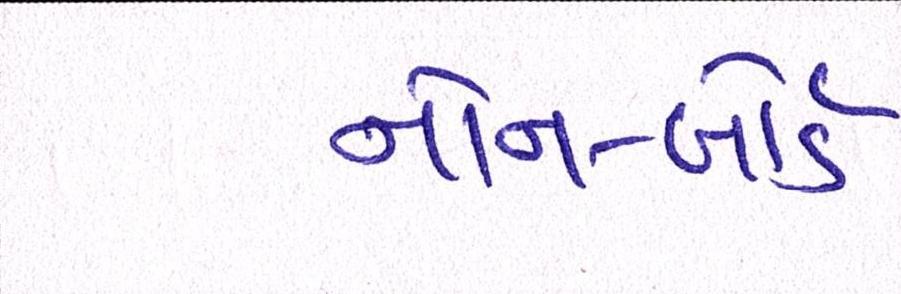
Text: નોન-બોર્ડ